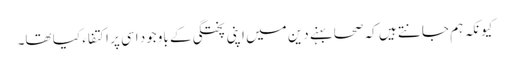
کیونکہ ہم جانتے ہیں کہ صحابہنے دین میں اپنی پختگی کے باوجود اسی پر اکتفاء کیا تھا۔